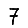
Digit: 7